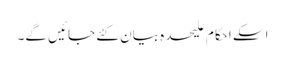
اسکے احکام علیحدہ بیان کئے جائیں گے۔